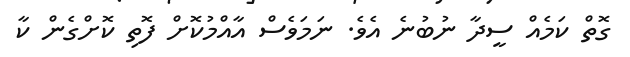
ގޮތް ކަމެއް ސީދާ ނުބުނެ އެވެ. ނަމަވެސް އާއްމުކޮށް ފޮތި ކޮށްގެން ކާ